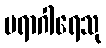
ပရာဂါရေသု